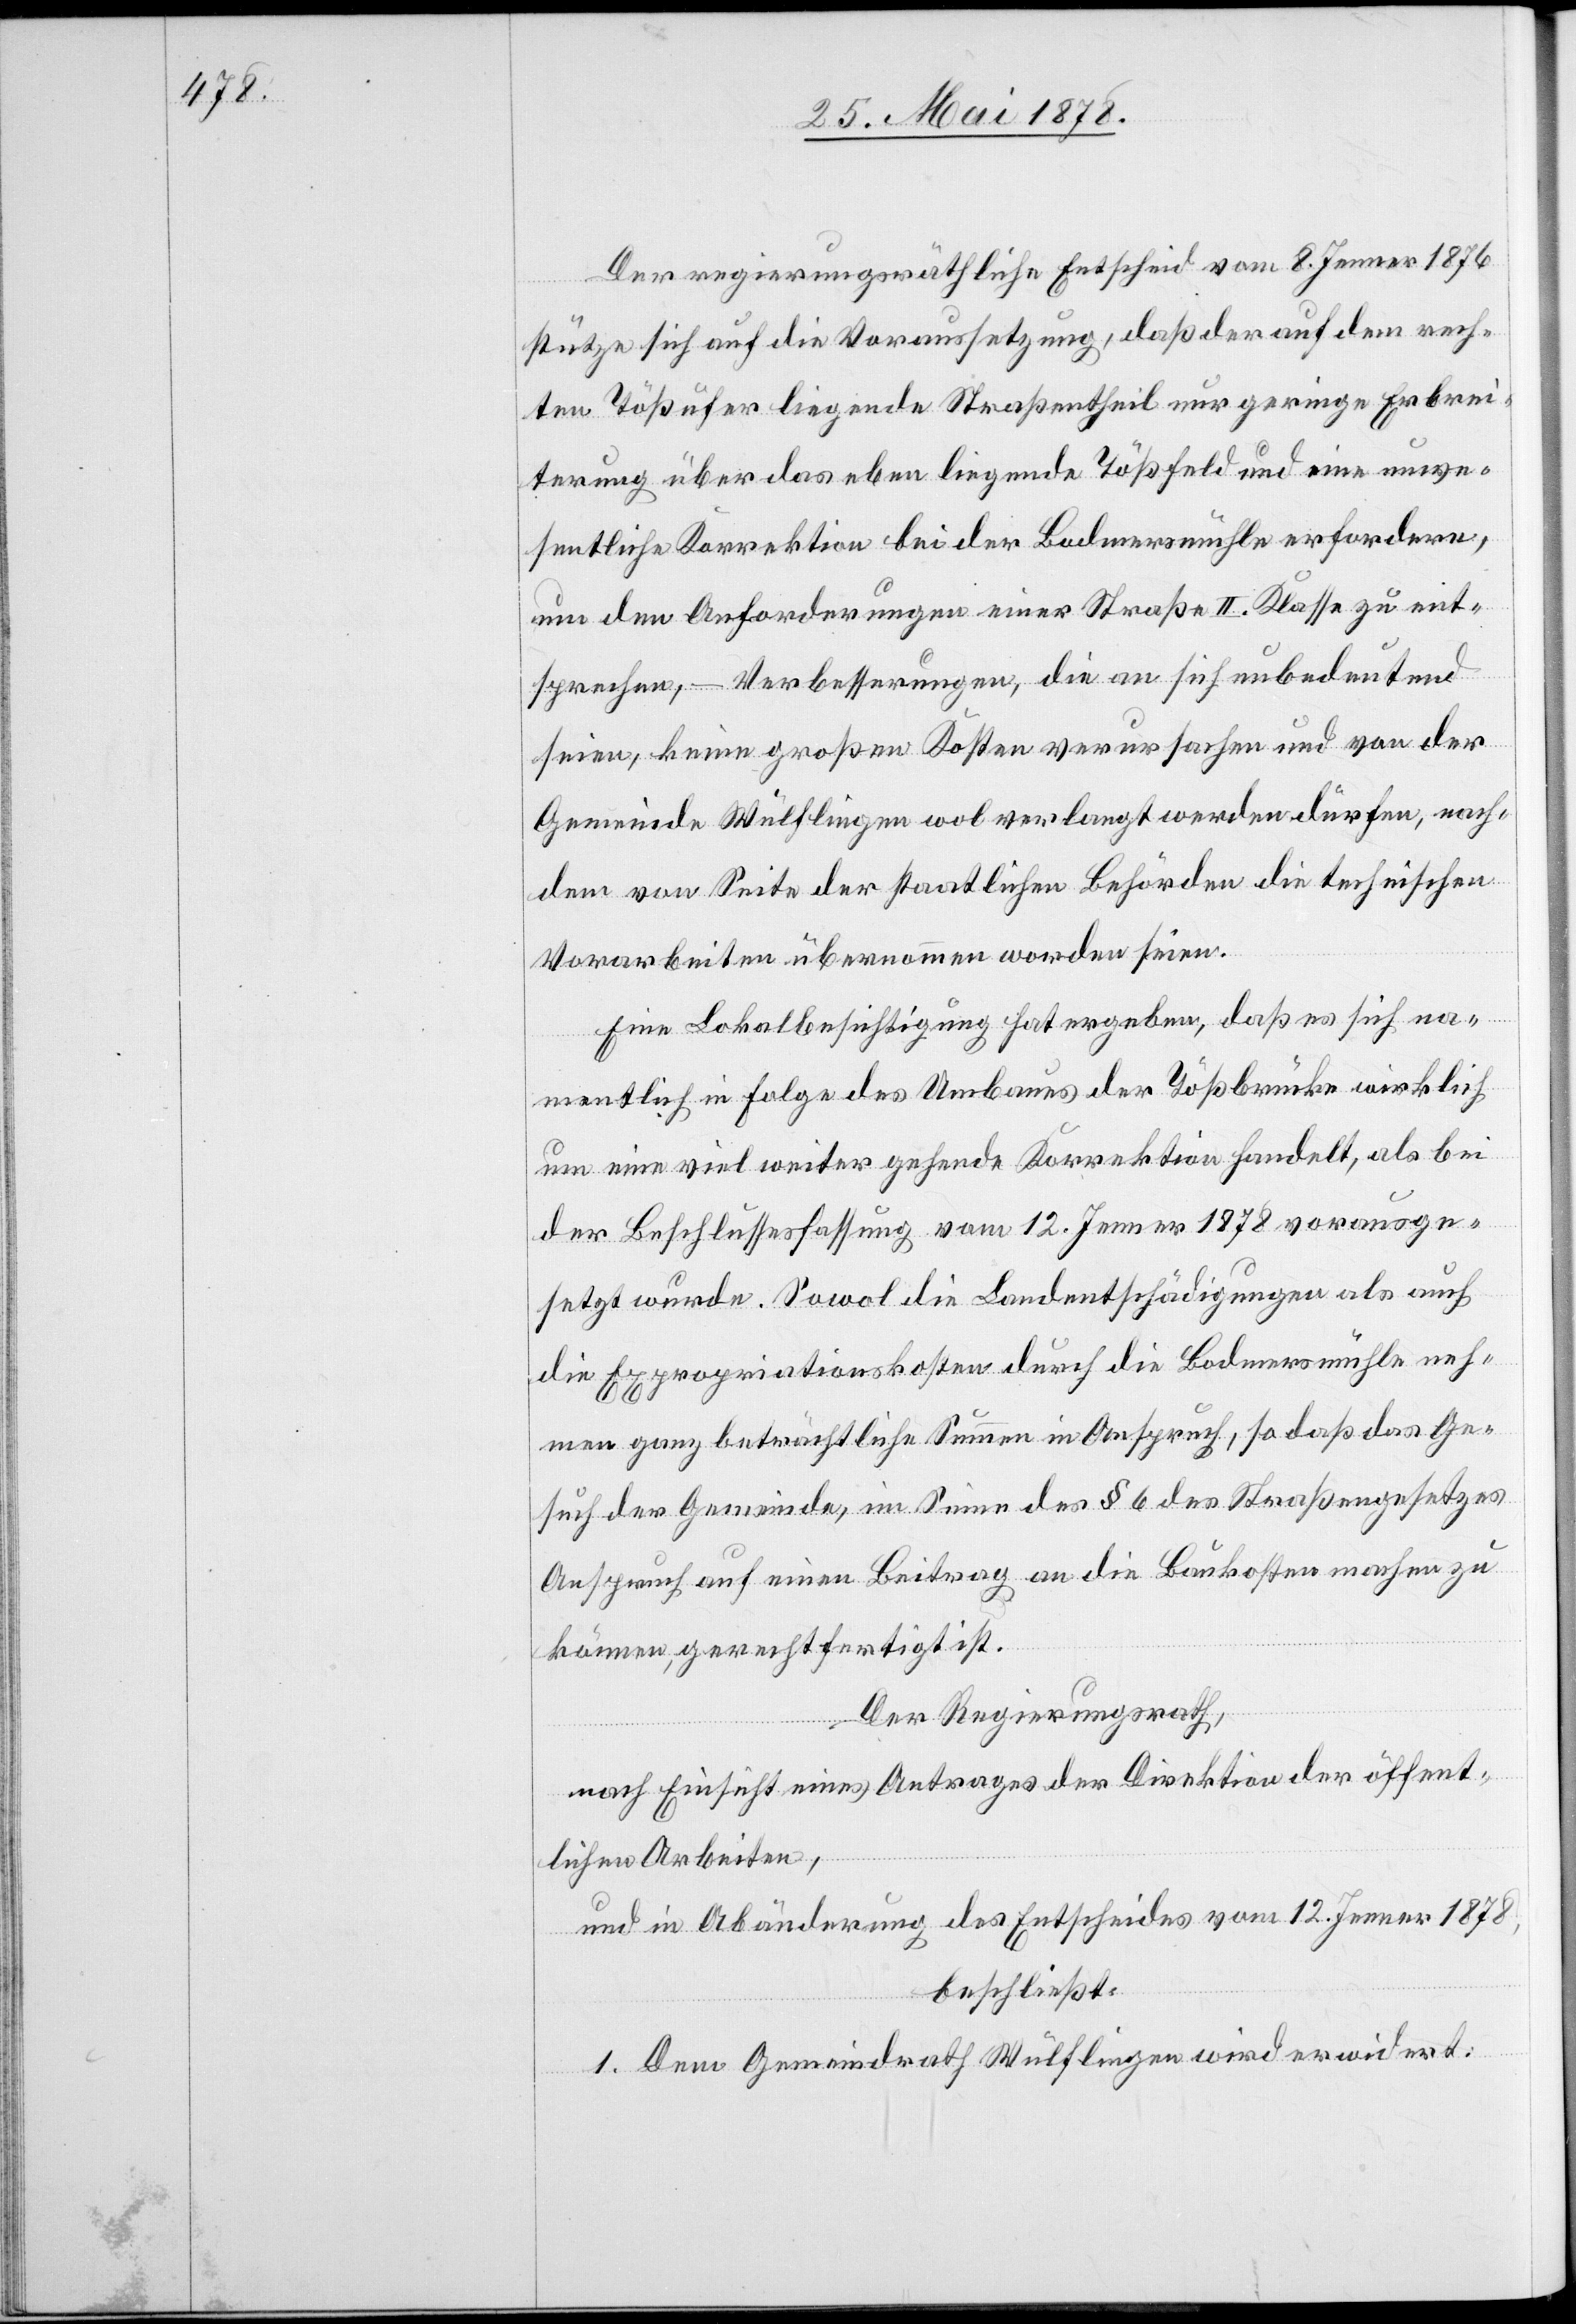
Der regierungsräthliche Entscheid vom 8. Jenner 1876
stütze sich auf die Voraussetzung, dass der auf dem rech¬
ten Tößufer liegende Straßentheil nur geringe Erbrei¬
terung über das eben liegende Tößfeld und eine unwe¬
sentliche Korrektion bei der Bodmerbühle erfordere,
um den Anforderungen einer Straße II. Klasse zu ent¬
sprechen, – Verbesserungen, die an sich unbedeutend
seien, keine großen Kosten verursachen und von der
Gemeinde Wülflingen wol verlangt werden dürfen, nach¬
dem von Seite der staatlichen Behörden die technischen
Vorarbeiten übernommen worden seien.
Eine Lokalbesichtigung hat ergeben, dass es sich na¬
mentlich in Folge des Umbaues der Tößbrücke wirklich
um eine viel weiter gehende Korrektion handelt, als bei
der Beschlussesfassung vom 12. Jenner 1878 vorausge¬
setzt wurde. Sowol die Landentschädigungen als auch
die Expropriationskosten durch die Bodmersmühle neh¬
men ganz beträchtliche Summen in Anspruch, so dass das Ge¬
such der Gemeinde, im Sinne des § 6 des Straßengesetzes
Anspruch auf einen Beitrag an die Baukosten machen zu
können, gerechtfertigt ist.
Der Regierungsrath,
nach Einsicht eines Antrages der Direktion der öffent¬
lichen Arbeiten,
und in Abänderung des Entscheides vom 12. Jenner 1878,
beschließt:
1. Dem Gemeindrath Wülflingen wird erwidert: